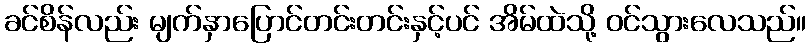
ခင်စိန်လည်း မျက်နှာပြောင်တင်းတင်းနှင့်ပင် အိမ်ထဲသို့ ဝင်သွားလေသည်။